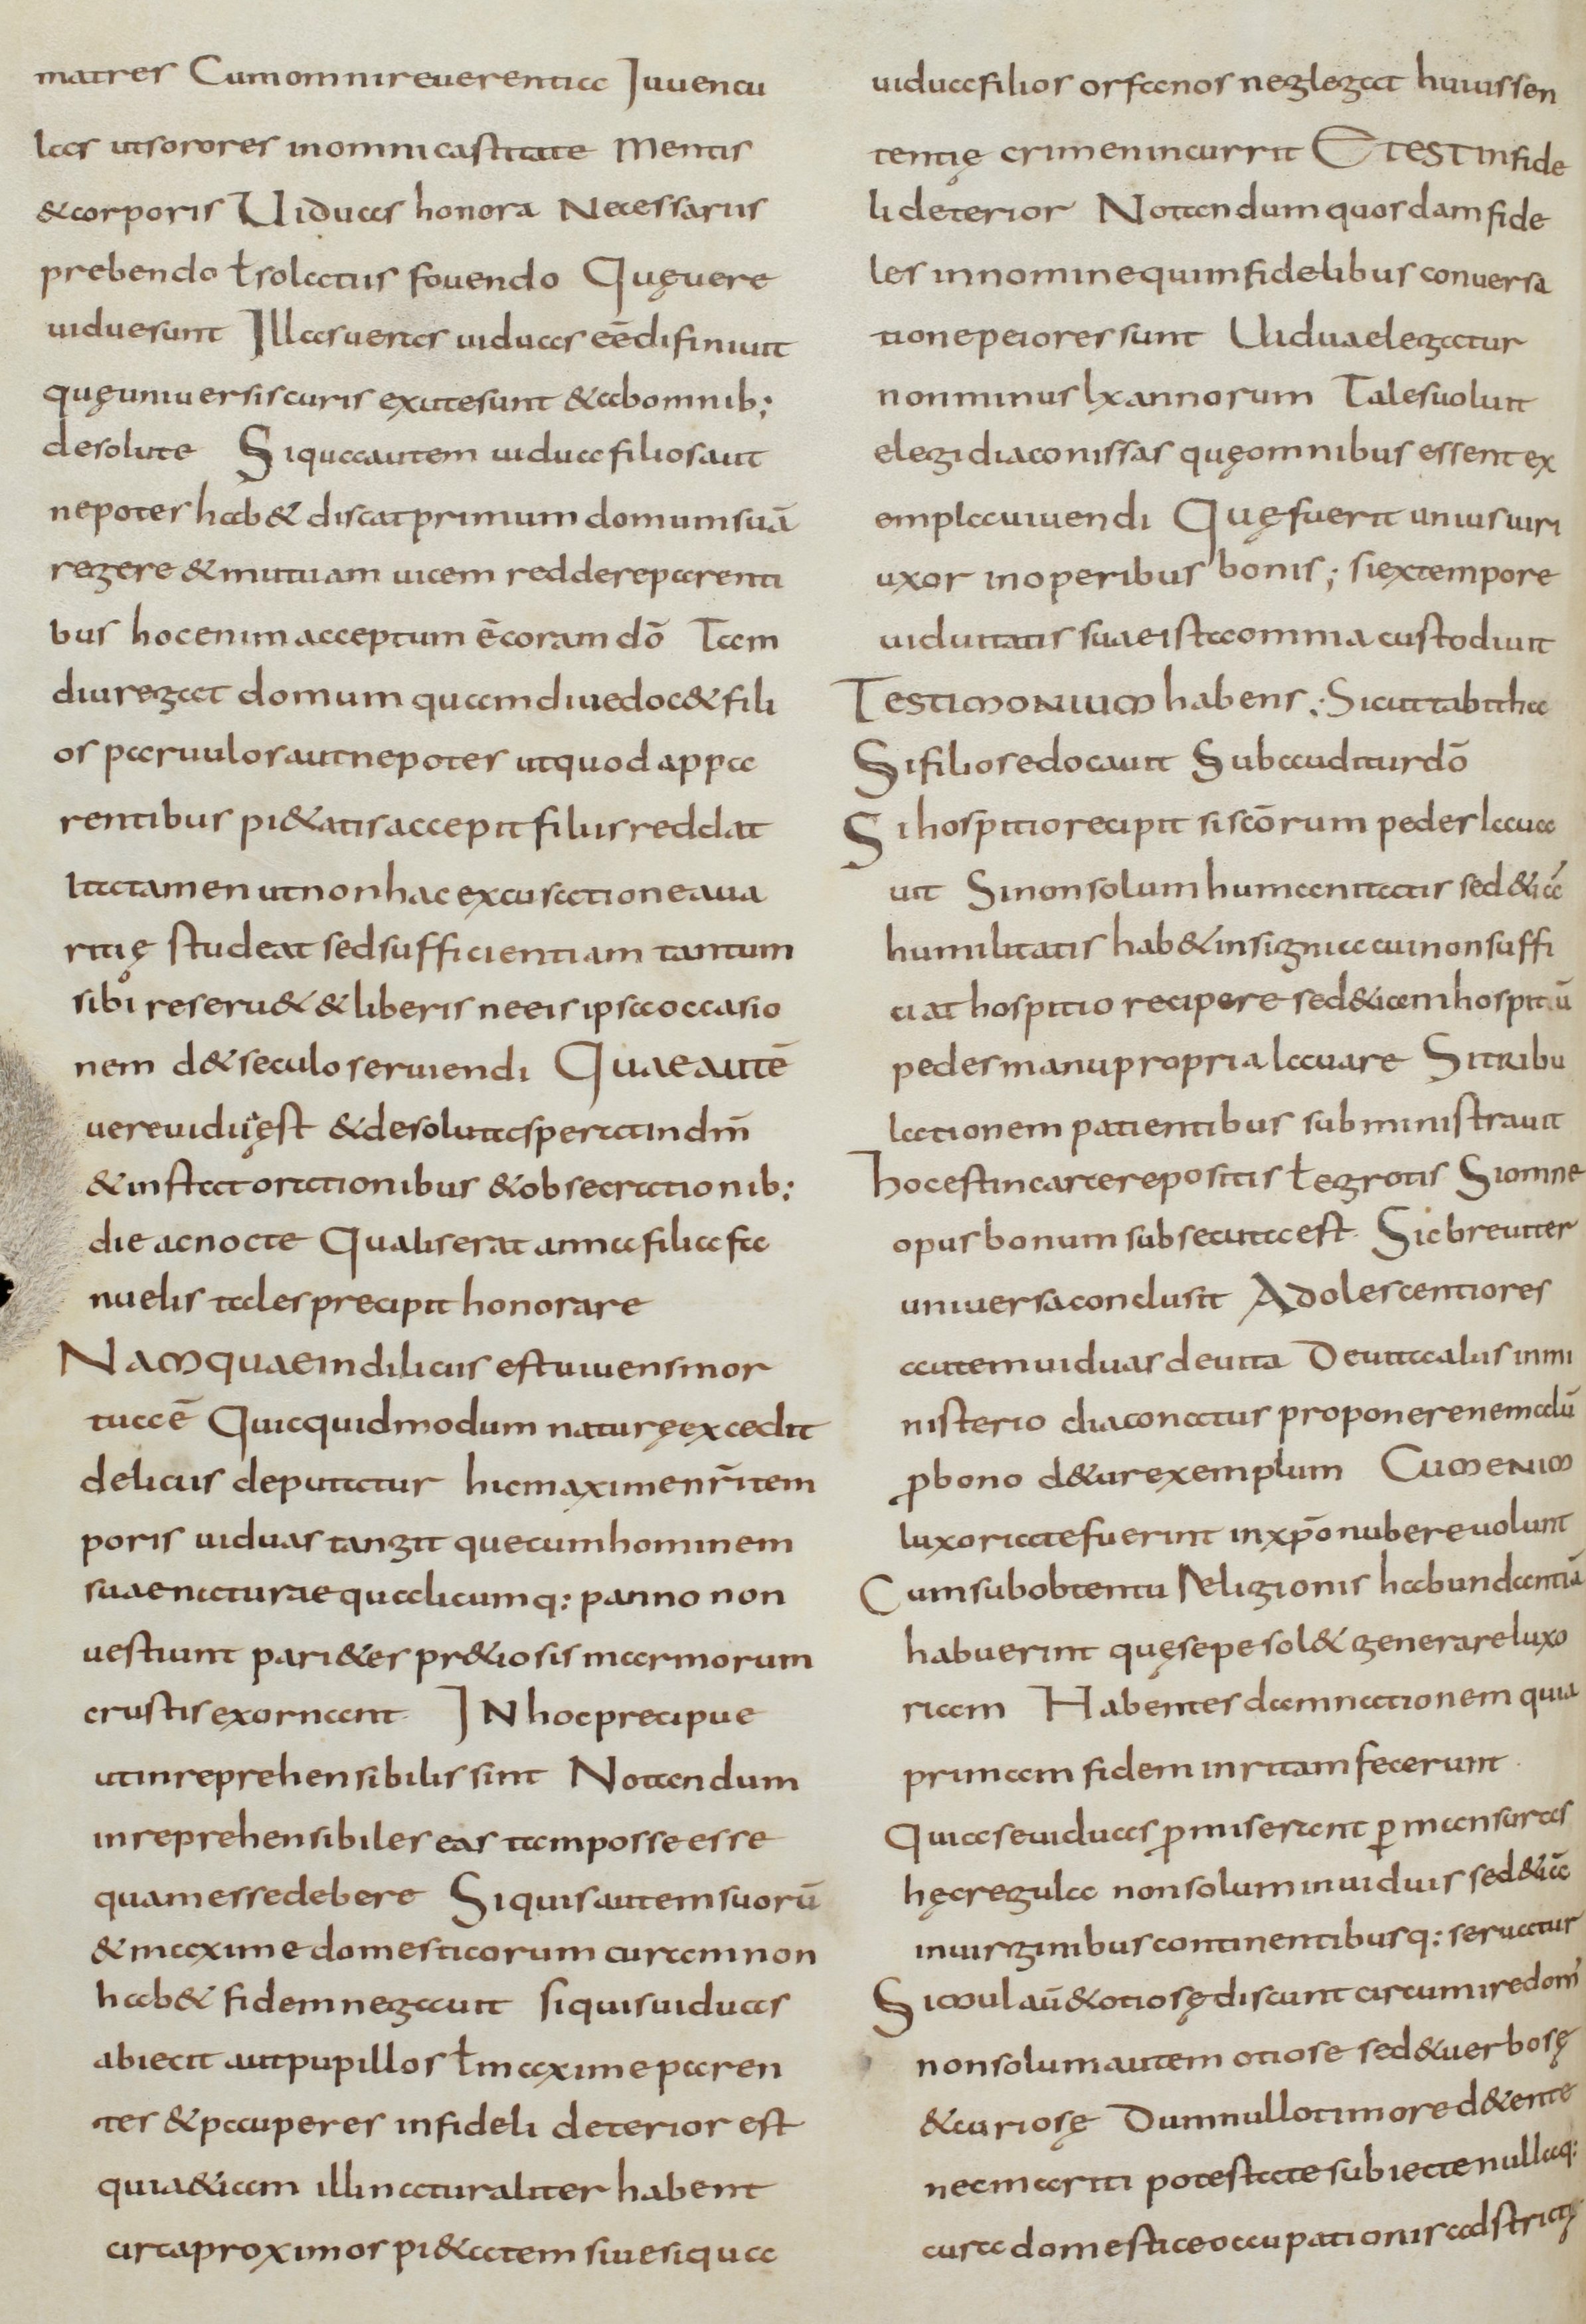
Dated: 800–830